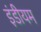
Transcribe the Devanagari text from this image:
इंडीयम